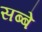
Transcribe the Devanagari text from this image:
सब्बे